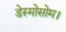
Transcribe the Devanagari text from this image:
डेस्मोसोम।